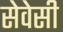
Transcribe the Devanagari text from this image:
सेवेसी